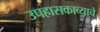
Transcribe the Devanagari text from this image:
उपहासकाव्याचे